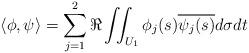
LaTeX: \begin{align*}\langle \phi,\psi\rangle = \sum_{j=1}^2\Re\iint_{U_1}\phi_j(s)\overline{\psi_j(s)}d\sigma dt\end{align*}